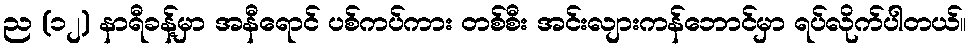
ည (၁၂) နာရီခန့်မှာ အနီရောင် ပစ်ကပ်ကား တစ်စီး အင်းလျားကန်ဘောင်မှာ ရပ်လိုက်ပါတယ်။